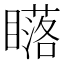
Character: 𥋷